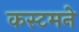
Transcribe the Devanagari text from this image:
कस्टमने